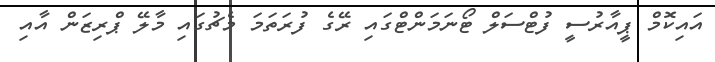
އައިކޮމް ޕީއާރުސީ ފުޓްސަލް ޓޯނަމަންޓްގައި ރޭގެ ފުރަތަމަ މެޗުގައި މާލޭ ޕްރިޒަން އާއި